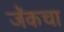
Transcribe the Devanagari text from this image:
जॅकचा